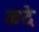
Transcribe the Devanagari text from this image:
कदे